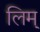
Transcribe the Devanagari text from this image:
लिम्‌